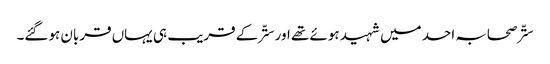
ستّر صحابہ احد میں شہید ہوئے تھے اور ستّر کے قریب ہی یہاں قربان ہوگئے۔